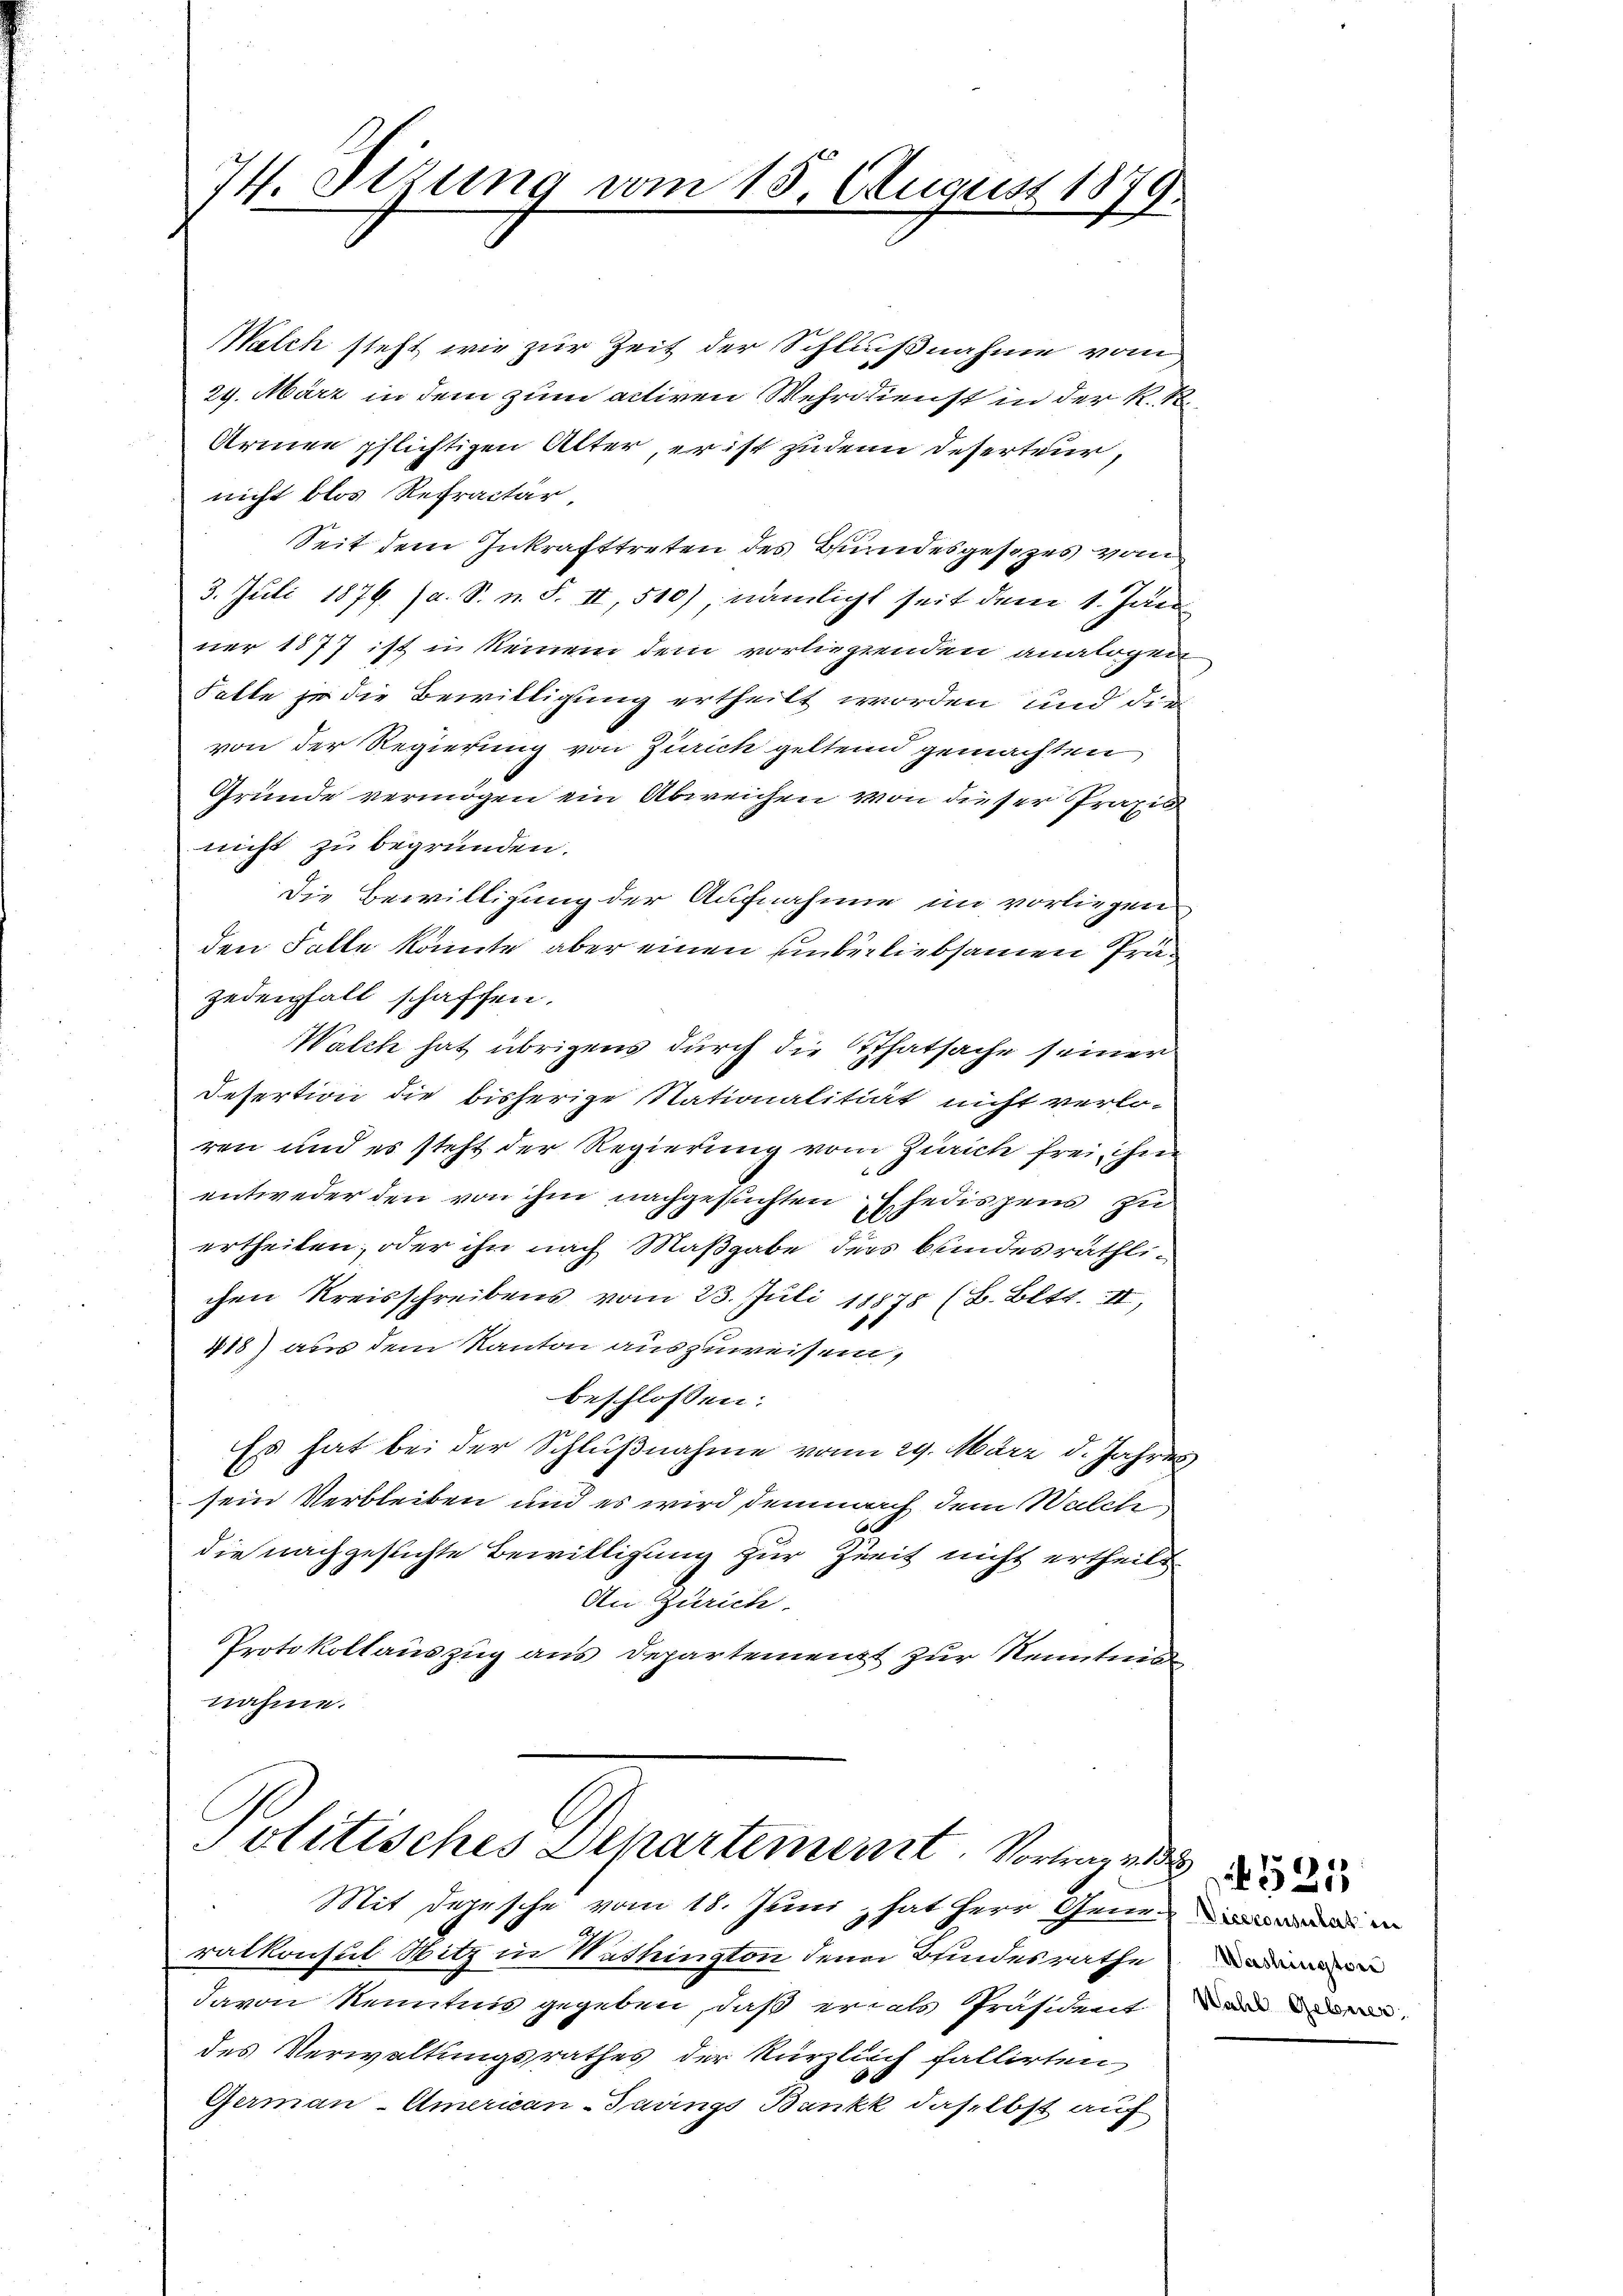
74. Sizung vom 15. August 1879.
e

WWalch steht wie zur Zeit der Schlußnahme vom
29. März in dem zum activen Wehrdienst in der K. R.
Arinen pflichtigen Alter, er ist zudem Deserteur,
nicht blos Refractar
Seit dem Inkrafttreten des Bundesgesezes vom
3. Juli 1876 (a. S. n. F. II, 510) nämlicht seit dem 1. Jän
ner 1877 ist in keinem dem vorliegenden analogen
Falte zu die Bewilligung ertheilt worden und die
von der Regierung von Zürich geltend gemachten
Gründe vermögen ein Abweichen von dieser Praxis
nicht zu begründen.
Die Bewilligung der Aufnahme im vorliegen
den Falle könnte aber einen unberliebsamen Präzedenfall schaffen.
Walch hat übrigens durch die Thatsache seiner
Desertion die bisherige Stationalitiät nicht verlo-
ren und es steht der Regierung vom Zürich frei, ihm
entweder den von ihm nachgesuchten Ehedispens zu
ertheilen, oder ihn nach Maßgabe ders bundesräthlichen Kreisschreibens vom 23. Juli 18878 (B. Bett. II,
418) aus dem Kanton auszuweisen,
beschlossen:
Es hat bei der Schlußnahme vom 29. März d. Jahres
sein Verbleiben und es wird demnach dem Walch
e
die nachgestichte Bewilligung zur Zeit nicht ertheilt
An Zürich.
Protokollauszug aus Departement zur Kenntnis
nahme.

ratkonsul Sitz in Wattington den Bundesrathe
davon Kenntnis gegeben, daß er als Präsident
des Verwaltungsrathes der kürzlich fallirten
German-American-Turings Bankk daselbst auf

Politisches Departement. Vortrag v. 18
Mit Depesche vom 18. Juni hat Herr Genera

.

Washington
Wahl Geburer

521